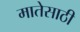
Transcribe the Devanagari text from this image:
मातेसाठी